Education and care of mentally and physically defective children, 1937
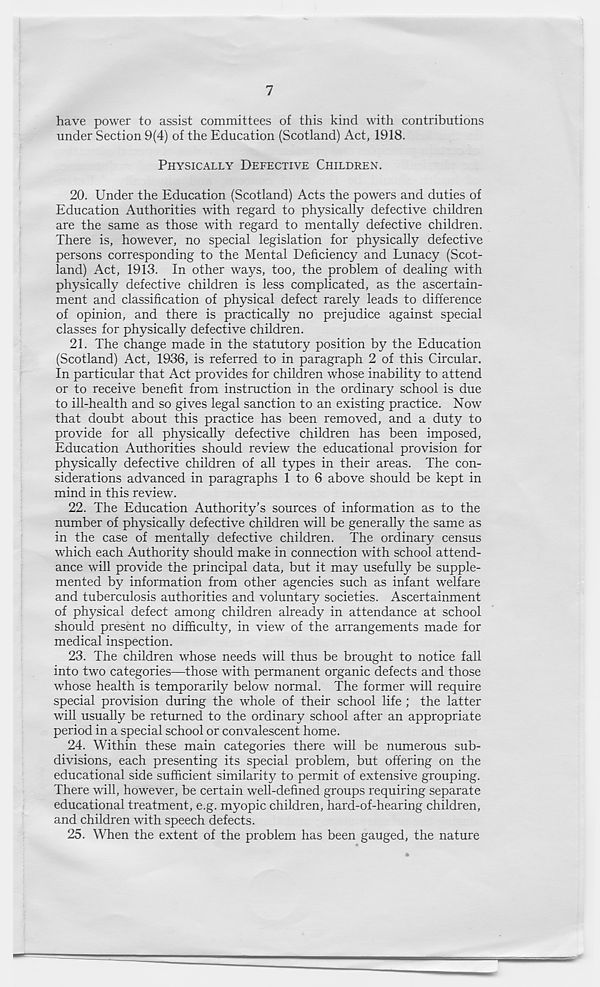
7
have power to assist committees of this kind with contributions
under Section 9(4) of the Education (Scotland) Act, 1918.
PHYSICALLY DEFECTIVE CHILDREN.
20. Under the Education (Scotland) Acts the powers and duties of
Education Authorities with regard to physically defective children
are the same as those with regard to mentally defective children.
There is, however, no special legislation for physically defective
persons corresponding to the Mental Deficiency and Lunacy (Scot-
land) Act, 1913. In other ways, too, the problem of dealing with
physically defective children is less complicated, as the ascertain-
ment and classification of physical defect rarely leads to difference
of opinion, and there is practically no prejudice against special
classes for physically defective children.
21. The change made in the statutory position by the Education
(Scotland) Act, 1936, is referred to in paragraph 2 of this Circular.
In particular that Act provides for children whose inability to attend
or to receive benefit from instruction in the ordinary school is due
to ill-health and so gives legal sanction to an existing practice. Now
that doubt about this practice has been removed, and a duty to
provide for all physically defective children has been imposed,
Education Authorities should review the educational provision for
physically defective children of all types in their areas. The con-
siderations advanced in paragraphs 1 to 6 above should be kept in
mind in this review.
22. The Education Authority’s sources of information as to the
number of physically defective children will be generally the same as
in the case of mentally defective children. The ordinary census
which each Authority should make in connection with school attend-
ance will provide the principal data, but it may usefully be supple-
mented by information from other agencies such as infant welfare
and tuberculosis authorities and voluntary societies. Ascertainment
of physical defect among children already in attendance at school
should present no difficulty, in view of the arrangements made for
medical inspection.
23. The children whose needs will thus be brought to notice fall
into two categories—those with permanent organic defects and those
whose health is temporarily below normal. The former will require
special provision during the whole of their school life ; the latter
will usually be returned to the ordinary school after an appropriate
period in a special school or convalescent home.
24. Within these main categories there will be numerous sub-
divisions, each presenting its special problem, but offering on the
educational side sufficient similarity to permit of extensive grouping.
There will, however, be certain well-defined groups requiring separate
educational treatment, e.g. myopic children, hard-of-hearing children,
and children with speech defects.
25. When the extent of the problem has been gauged, the nature